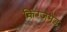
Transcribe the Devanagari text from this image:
किंग्जमेड